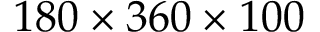
1 8 0 \times 3 6 0 \times 1 0 0